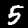
Label: 5